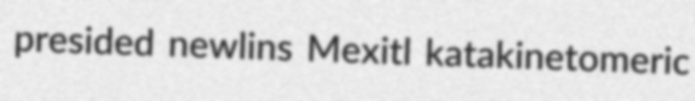
presided newlins Mexitl katakinetomeric